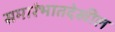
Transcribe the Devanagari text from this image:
समारंभातदेखील